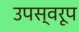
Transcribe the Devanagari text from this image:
उपस्वरूप